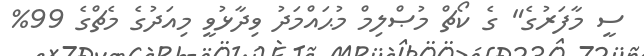
ސީ މާފަރުގެ" ގެ ކޯޗް މުޞްލިމް މުޙައްމަދު ވިދާޅުވީ މިއަދުގެ މެޗްގެ 99%